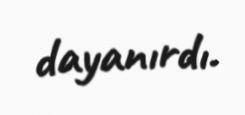
dayanırdı.